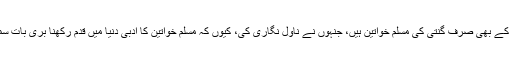
کیرالا میں ملیالم کے بھی صرف گنتی کی مسلم خواتین ہیں، جنہوں نے ناول نگاری کی، کیوں کہ مسلم خواتین کا ادبی دنیا میں قدم رکھنا بری بات سمجھی جاتی تھی۔